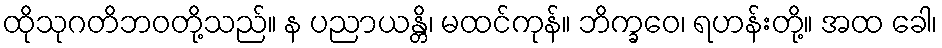
ထိုသုဂတိဘဝတို့သည်။ န ပညာယန္တိ၊ မထင်ကုန်။ ဘိက္ခဝေ၊ ရဟန်းတို့။ အထ ခေါ၊